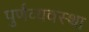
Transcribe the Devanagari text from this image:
पुर्णव्यवस्था